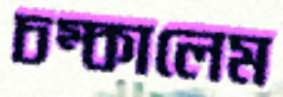
চম্‌কালেম